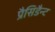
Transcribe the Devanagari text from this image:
प्रैसिडैन्ट